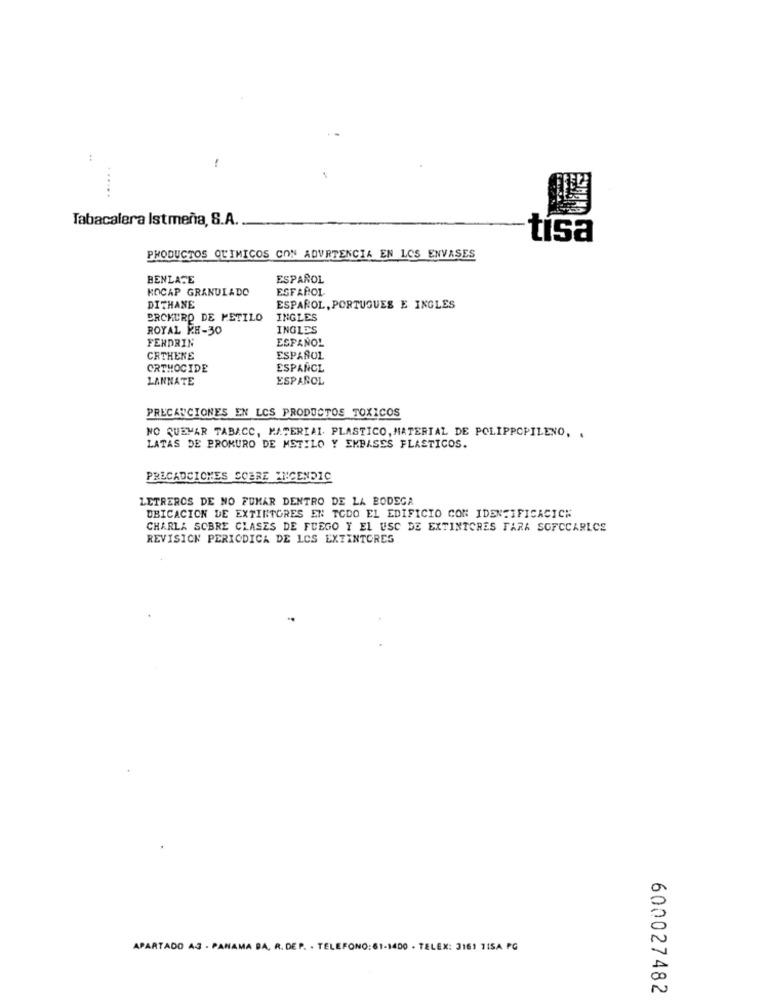
:
!
.....
Tabacalera Istmeña, S.A.
tisa
PRODUCTOS QUIMICOS CON ADVERTENCIA EN LOS ENVASES
BENLATE
ESPAÑOL
KOCAP GRANULADO
ESFAROL
DITHANE
ESPAÑOL, PORTUGUES E INGLES
BRCKURD DE METILO
INGLES
ROYAL KE-30
INGLES
FERDRIN
ESPAÑOL
CRTHERE
ESPAÑOL
ORTHOCIDE
ESPANCL
LANNATE
ESPAÑOL
PRECAUCIONES EN LOS PRODUCTOS TOXICOS
NO QUEMAR TABACC, MATERIAL PLASTICO, MATERIAL DE POLIPROPILENO. .
LATAS DE BROMURO DE METILO Y EKBASES FLASTICOS.
PRECAUCIONES SOBRE INCENDIC
LETREROS DE NO FUMAR DENTRO DE LA BODEGA
UBICACION DE EXTINTORES EN TODO EL EDIFICIO CON IDENTIFICACICH
CHARLA SOBRE CLASES DE FUEGO Y EL USC DE EXTINTORES FARA SOFCCARLCS
REVISION PERIODICA DE LCS EXTINTORES
APARTADO AJ . PANAMA DA, R. DEP. . TELEFONO: 61-1400 - TELEX: 3161 7ISA PG
600027482